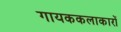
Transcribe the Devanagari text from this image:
गायककलाकारों